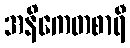
အနိကေတစာရီ